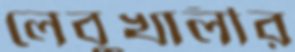
লেবুখালীর